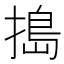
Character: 搗